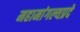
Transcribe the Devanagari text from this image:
महामांगल्यप्रदे